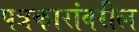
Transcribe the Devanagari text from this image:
पत्रकारांवरील